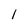
Character: l